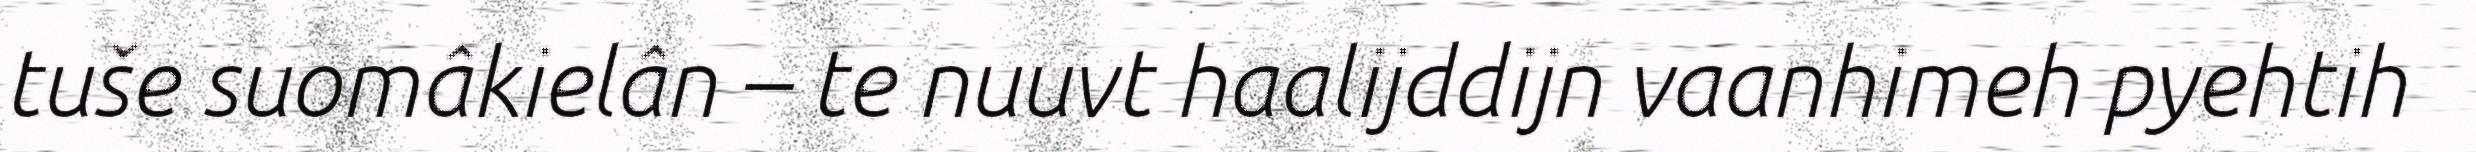
tuše suomâkielân – te nuuvt haalijddijn vaanhimeh pyehtih